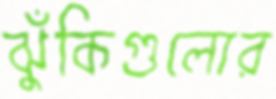
ঝুঁকিগুলোর